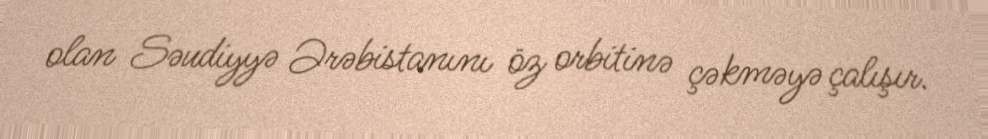
olan Səudiyyə Ərəbistanını öz orbitinə çəkməyə çalışır.